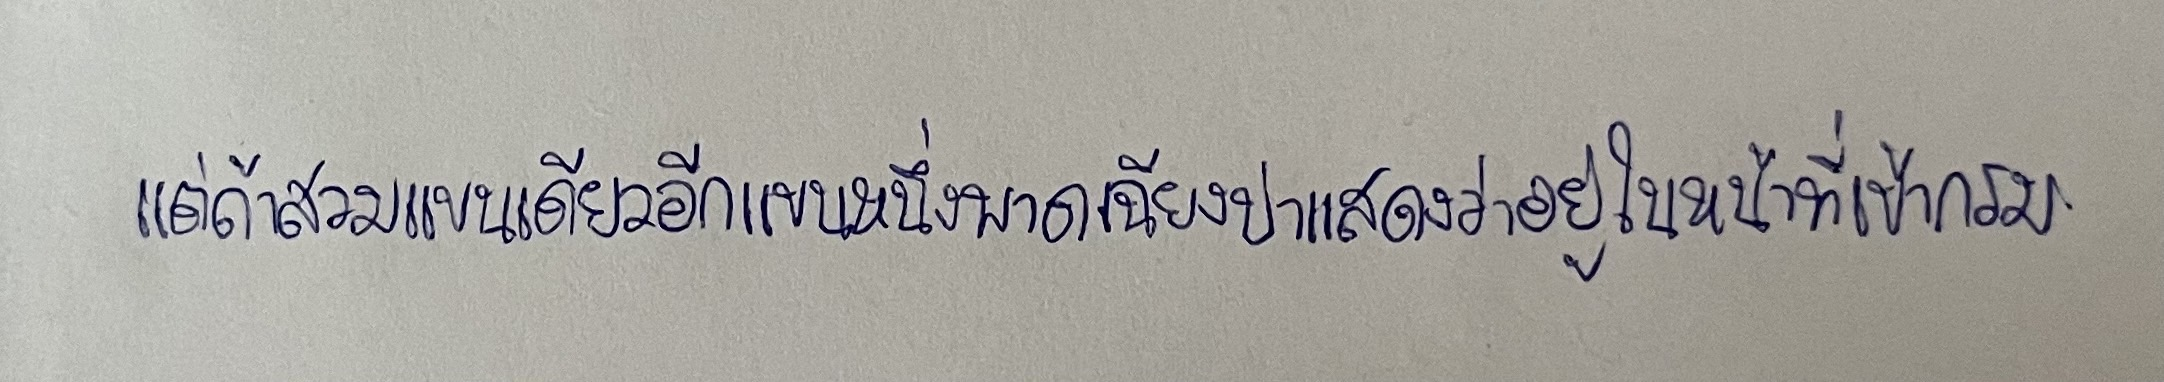
แต่ถ้าสวมแขนเดียวอีกแขนหนึ่งพาดเฉียงบ่าแสดงว่าอยู่ในหน้าที่เข้ากรม